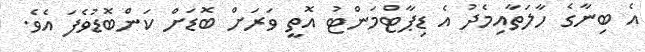
އެ ބިނާގެ ހާލަތާއިމެދު އެ ޑިޕާޓްމަންޓު އޮތީ ވަރަށް ބޮޑަށް ކަންބޮޑުވެފަ އެވެ.